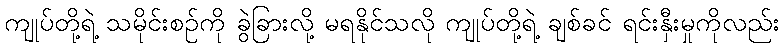
ကျုပ်တို့ရဲ့ သမိုင်းစဉ်ကို ခွဲခြားလို့ မရနိုင်သလို ကျုပ်တို့ရဲ့ ချစ်ခင် ရင်းနှီးမှုကိုလည်း